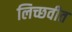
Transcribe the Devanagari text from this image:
लिच्छवीत